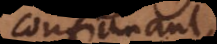
confirmant,